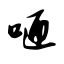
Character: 咂